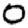
Digit: 0